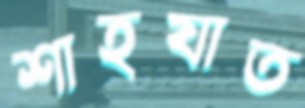
শাহযাত